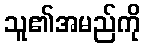
သူ၏အမည်ကို